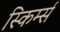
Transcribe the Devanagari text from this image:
स्किर्म्स